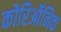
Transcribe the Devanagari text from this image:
कोरिऑनिक